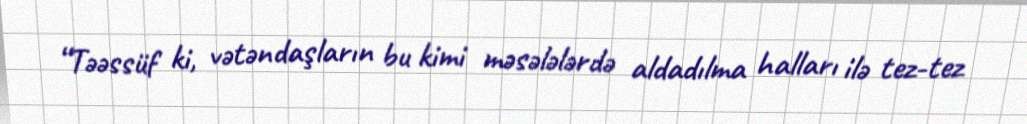
“Təəssüf ki, vətəndaşların bu kimi məsələlərdə aldadılma halları ilə tez-tez